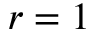
r = 1